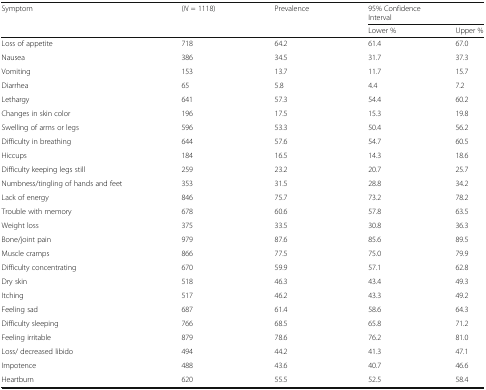
| <ROWSPAN=2> Symptom | <ROWSPAN=2> (N = 1118) | <ROWSPAN=2> Prevalence | <COLSPAN=2> 95% ConfidenceInterval |
 | Lower % | Upper % |
 | --- | --- | --- | --- | --- |
 | Loss of appetite | 718 | 64.2 | 61.4 | 67.0 |
 | Nausea | 386 | 34.5 | 31.7 | 37.3 |
 | Vomiting | 153 | 13.7 | 11.7 | 15.7 |
 | Diarrhea | 65 | 5.8 | 4.4 | 7.2 |
 | Lethargy | 641 | 57.3 | 54.4 | 60.2 |
 | Changes in skin color | 196 | 17.5 | 15.3 | 19.8 |
 | Swelling of arms or legs | 596 | 53.3 | 50.4 | 56.2 |
 | Difficulty in breathing | 644 | 57.6 | 54.7 | 60.5 |
 | Hiccups | 184 | 16.5 | 14.3 | 18.6 |
 | Difficulty keeping legs still | 259 | 23.2 | 20.7 | 25.7 |
 | Numbness/tingling of hands and feet | 353 | 31.5 | 28.8 | 34.2 |
 | Lack of energy | 846 | 75.7 | 73.2 | 78.2 |
 | Trouble with memory | 678 | 60.6 | 57.8 | 63.5 |
 | Weight loss | 375 | 33.5 | 30.8 | 36.3 |
 | Bone/joint pain | 979 | 87.6 | 85.6 | 89.5 |
 | Muscle cramps | 866 | 77.5 | 75.0 | 79.9 |
 | Difficulty concentrating | 670 | 59.9 | 57.1 | 62.8 |
 | Dry skin | 518 | 46.3 | 43.4 | 49.3 |
 | Itching | 517 | 46.2 | 43.3 | 49.2 |
 | Feeling sad | 687 | 61.4 | 58.6 | 64.3 |
 | Difficulty sleeping | 766 | 68.5 | 65.8 | 71.2 |
 | Feeling irritable | 879 | 78.6 | 76.2 | 81.0 |
 | Loss/ decreased libido | 494 | 44.2 | 41.3 | 47.1 |
 | Impotence | 488 | 43.6 | 40.7 | 46.6 |
 | Heartburn | 620 | 55.5 | 52.5 | 58.4 |